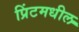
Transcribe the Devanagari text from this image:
प्रिंटमधील